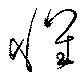
懐